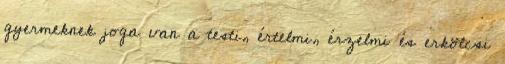
gyermeknek joga van a testi, értelmi, érzelmi és erkölcsi